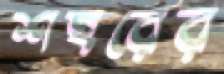
শহরের